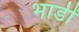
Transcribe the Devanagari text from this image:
भाडीं